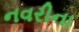
નવરીના